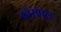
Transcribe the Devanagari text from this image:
क्रॉसपूल